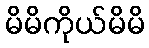
မိမိကိုယ်မိမိ